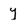
Character: y